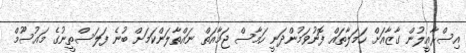
އިސްރާއީލުން ގާޒާއަށް ހަމަލާތައް ފޮނުވަމުންދަނީ ހަމާސް ޖަމާއަތް ނައްތާލަންކަމަށް ބުނެ ފަލަސްތީނުގެ މައުސޫމް